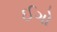
ઈગો